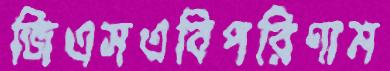
জিএসএবিপরিণাম